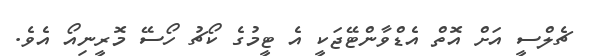
ޗެލްސީ އަށް އޮތް އެޑްވާންޓޭޖަކީ އެ ޓީމުގެ ކޯޗު ހޯސޭ މޮރީނިއޯ އެވެ.